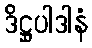
ဒိဋ္ဌုပါဒါနံ